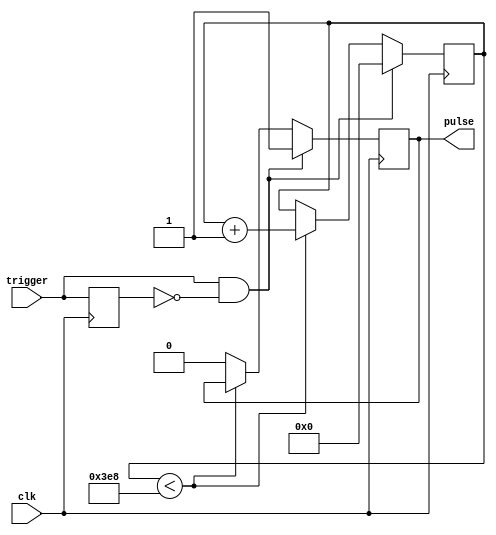
module one_shot_timer (
  input wire clk,
  input wire trigger,
  output reg pulse
);

reg [31:0] count;
reg pulse_reg;
reg trigger_reg;

always @ (posedge clk) begin
  if (trigger && !trigger_reg) begin
    pulse_reg <= 1'b1;
    count <= 0;
  end else if (count < 1000) begin
    count <= count + 1;
  end else begin
    pulse_reg <= 1'b0;
  end

  trigger_reg <= trigger;
end

assign pulse = pulse_reg;

endmodule